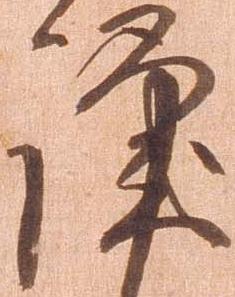
謹